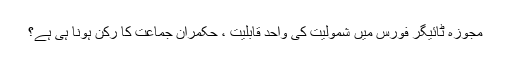
مجوزہ ٹائیگر فورس میں شمولیت کی واحد قابلیت ، حکمران جماعت کا رکن ہونا ہی ہے؟